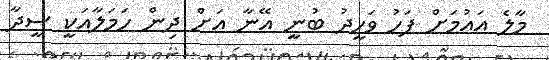
މާލެ އައުމަށް ފަހު ވަހީދު ބުނީ އޭނާ އަށް ދިން ހަމަލާއަކީ ސީދާ